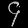
Digit: ၄